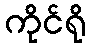
ကိုင်ရို